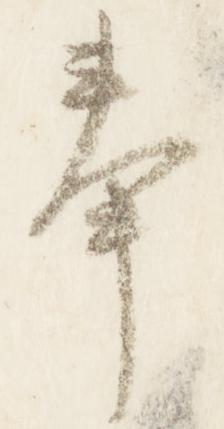
奉